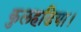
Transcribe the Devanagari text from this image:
कुलहडिया।